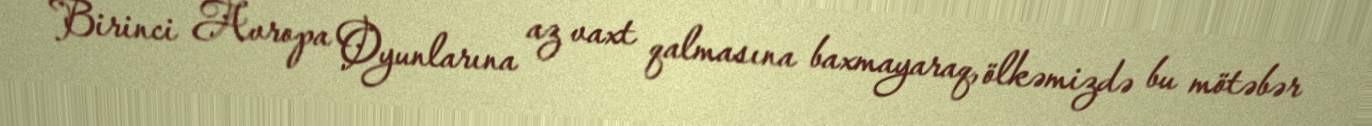
Birinci Avropa Oyunlarına az vaxt qalmasına baxmayaraq, ölkəmizdə bu mötəbər